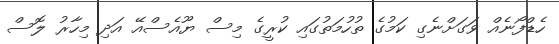
ހެޑްފޯނެއް ވަގަށްނެގި ކަމުގެ ތުހުމަތުގައި ކުރީގެ މިސް ޔޫއެސްއޭ އަދި މިހާރު ލޮސް